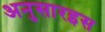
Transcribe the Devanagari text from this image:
अनुसारइस